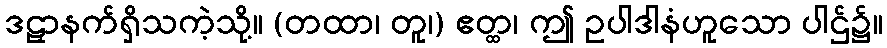
ဒဠှာနက်ရှိသကဲ့သို့။ (တထာ၊ တူ၊) ဧတ္ထ၊ ဤ ဥပါဒါနံဟူသော ပါဌ်၌။